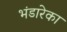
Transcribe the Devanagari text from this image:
भंडारेका